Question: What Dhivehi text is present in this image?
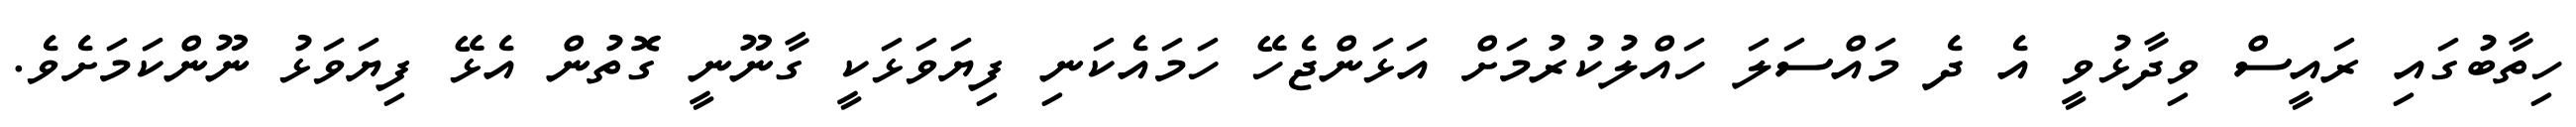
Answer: ހިތާބުގައި ރައީސް ވިދާޅުވީ އެ ދެ މައްސަލަ ހައްލުކުރުމަށް އަޅަންޖެހޭ ހަމައެކަނި ފިޔަވަޅަކީ ގާނޫނީ ގޮތުން އެޅޭ ފިޔަވަޅު ނޫންކަމަށެވެ.